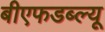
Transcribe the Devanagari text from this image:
बीएफडब्ल्यू